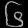
Digit: ၆